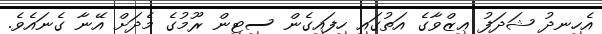
އެހިނދު ޝަދަފު ޢިޒްވާގެ އަތުގައި ހިފައިގެން ސިޓިން ރޫމުގެ މެދަށް އޭނާ ގެނައެވެ.